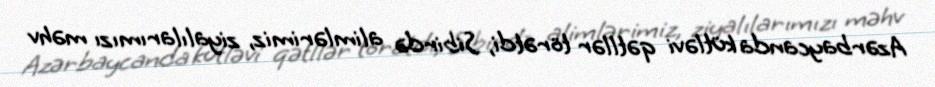
Azərbaycanda kütləvi qətllər törətdi, Sibirdə alimlərimiz, ziyalılarımızı məhv